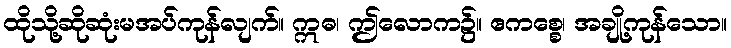
ထိုသို့ဆိုဆုံးမအပ်ကုန်လျက်။ ဣဓ၊ ဤလောက၌။ ဧကစ္စေ၊ အချို့ကုန်သော။